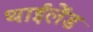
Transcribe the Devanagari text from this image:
थाईलेंड